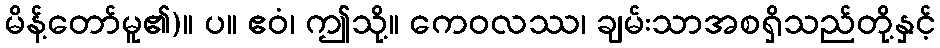
မိန့်တော်မူ၏)။ ပ။ ဧဝံ၊ ဤသို့။ ကေဝလဿ၊ ချမ်းသာအစရှိသည်တို့နှင့်